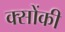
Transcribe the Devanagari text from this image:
क्सोंकी